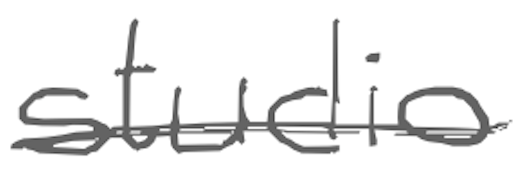
Text: studio
Cross-out: single-line
Writing tool: digital_gray